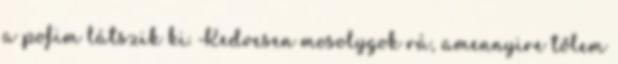
a pofim látszik ki. Kedvesen mosolygok rá, amennyire tőlem